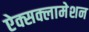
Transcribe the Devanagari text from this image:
ऐक्सक्लामेशन